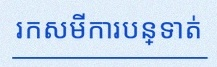
រកសមីការបន្ទាត់